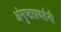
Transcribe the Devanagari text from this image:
अंगुष्ठाप्रवर्तनी